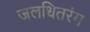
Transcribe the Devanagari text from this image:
जलधितरंग